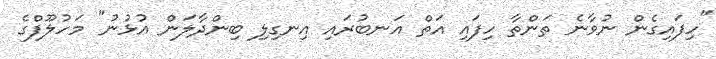
"ހިފައިގެން ނުވާނެ ތަންތާ ހިފައި އަތް އަނބުރައި އިނގިލި ބިންދާލަން އުޅުނު" މަހުލޫފްގެ